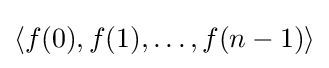
\langle f(0),f(1),\ldots ,f(n-1)\rangle